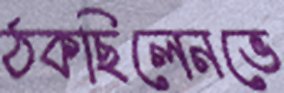
ঠকছিলেনভে